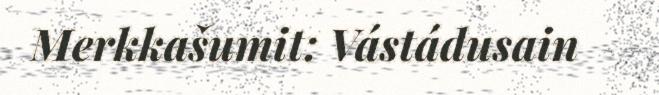
Merkkašumit: Vástádusain